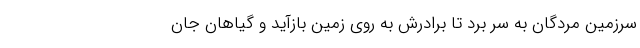
سرزمین مردگان به سر برد تا برادرش به روی زمین بازآید و گیاهان جان